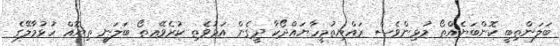
ބަލަންތިބީ ކޮންބަޔެއްތޯ މުޅިންވެސް ރައްޔިތުމީހާޔައްދޯކާ ދީގެން އަޅުވެތި ކުރެވޭޢތޯ ބަލަނީ ތިޔޮއް ހުޅުމާލޭގެ